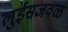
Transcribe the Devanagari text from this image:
लुईसजवळ